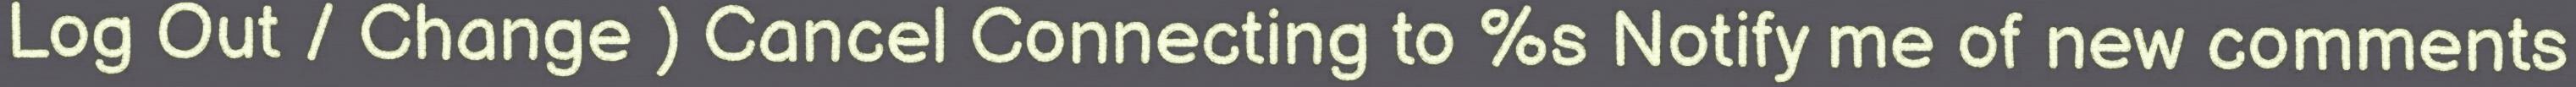
Log Out / Change ) Cancel Connecting to %s Notify me of new comments